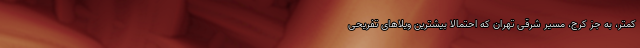
کمتر، به‌ جز کرج، مسیر شرقی تهران که احتمالا بیشترین ویلاهای تفریحی